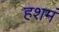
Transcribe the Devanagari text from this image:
हशमं